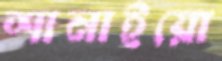
শানাইয়ো